Leprosy in India: report of the Leprosy Commission in India, 1890-91
Year: 1890
Disease focus: Leprosy
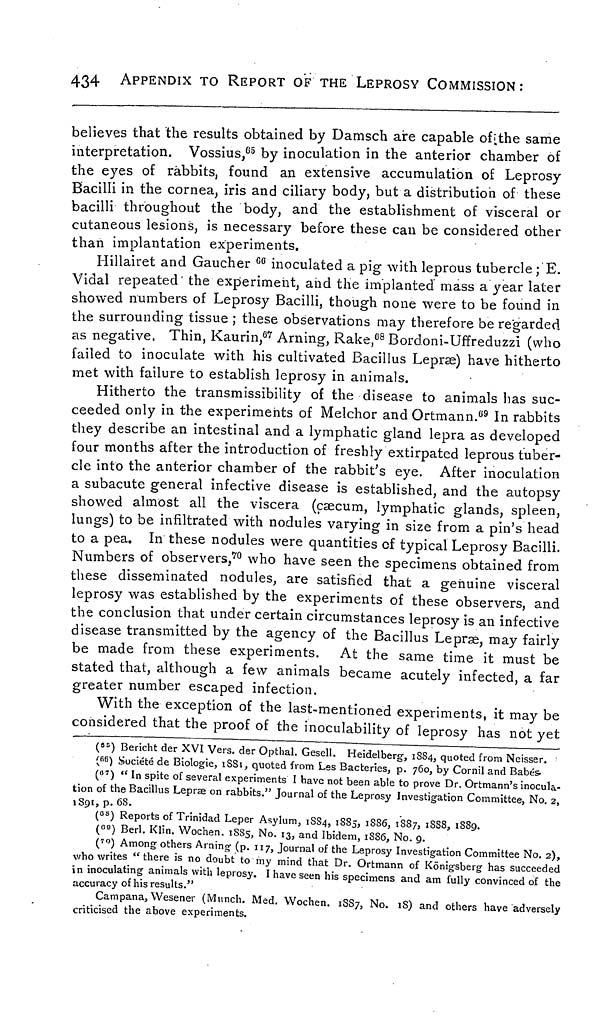
434
APPENDIX TO REPORT OF THE LEPROSY COMMISSION :
believes that the results obtained by Damsch aire capable of [the same
interpretation. Vossius, 65 by inoculation in the anterior chamber of
the eyes of rabbits, found an extensive accumulation of Leprosy
Bacilli in the cornea, iris and ciliary body, but a distribution of these
bacilli throughout the body, and the establishment of visceral or
cutaneous lesions, is necessary before these can be considered other
than implantation experiments,
Hillairet and Gaucher 66 inoculated a pig with leprous tubercle ; E.
Vidal repeated' the experiment, and the implanted mass a year later
showed numbers of Leprosy Bacilli, though none were to be found in
the surrounding tissue ; these observations may therefore be regarded
as negative. Thin, Kaurin, 67 Arning, Rake, 68 Bordoni-Uffreduzzi (who
failed to inoculate with his cultivated Bacillus Lepræ) have hitherto
met with failure to establish leprosy in animals.
Hitherto the transmissibility of the disease to animals has suc-
ceeded only in the experiments of Melchor and Ortmann. 69 In rabbits
they describe an intestinal and a lymphatic gland lepra as developed
four months after the introduction of freshly extirpated leprous tuber-
cle into the anterior chamber of the rabbit's eye. After inoculation
a subacute general infective disease is established, and the autopsy
showed almost all the viscera (caecum, lymphatic glands, spleen,
lungs) to be infiltrated with nodules varying in size from a pin's head
to a pea. In these nodules were quantities of typical Leprosy Bacilli.
Numbers of observers, 70 who have seen the specimens obtained from
these disseminated nodules, are satisfied that a genuine visceral
leprosy was established by the experiments of these observers, and
the conclusion that under certain circumstances leprosy is an infective
disease transmitted by the agency of the Bacillus Lepræ, may fairly
be made from these experiments. At the same time it must be
stated that, although a few animals became acutely infected, a far
greater number escaped infection.
With the exception of the last-mentioned experiments, it may be
considered that the proof of the inoculability of leprosy has not yet
( 65 ) Bericht der XVI Vers. der Opthal. Gesell. Heidelberg, 1884, quoted from Neisser.
( 66 ) Société de Biologie, 1881, quoted from Les Bacteries, p. 760, by Cornil and Babés.
( 67 ) " In spite of several experiments I have not been able to prove Dr. Ortmann's inocula-
tion of the Bacillus Lepræ on rabbits." Journal of the Leprosy Investigation Committee, No 2
1891, p. 6S.
( 68 ) Reports of Trinidad Leper Asylum, 1884, 1885, 1886, 1887, 1888, 1889.
( 69 ) Berl. Klin. Wochen. 1885, No. 13, and Ibidem, 1886, No. 9.
( 70 ) Among others Arning (p. 117, Journal of the Leprosy Investigation Committee No. 2),
who writes " there is no doubt to my mind that Dr. Ortmann of Königsberg has succeeded
in inoculating animals with leprosy. I have seen his specimens and am fully convinced of the
accuracy of his results."
Campana, Wesener (Munch. Med. Wochen. 1887, No. 18) and others have adversely
criticised the above experiments.